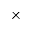
\times